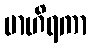
ဗာဟိရကာ